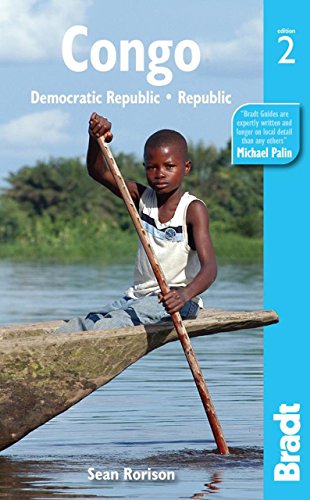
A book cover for Congo: Democratic RepublicÂ· Republic (Bradt Travel Guide); Sean Rorison; Travel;